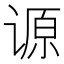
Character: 𰵺